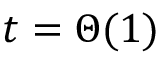
t = \Theta ( 1 )